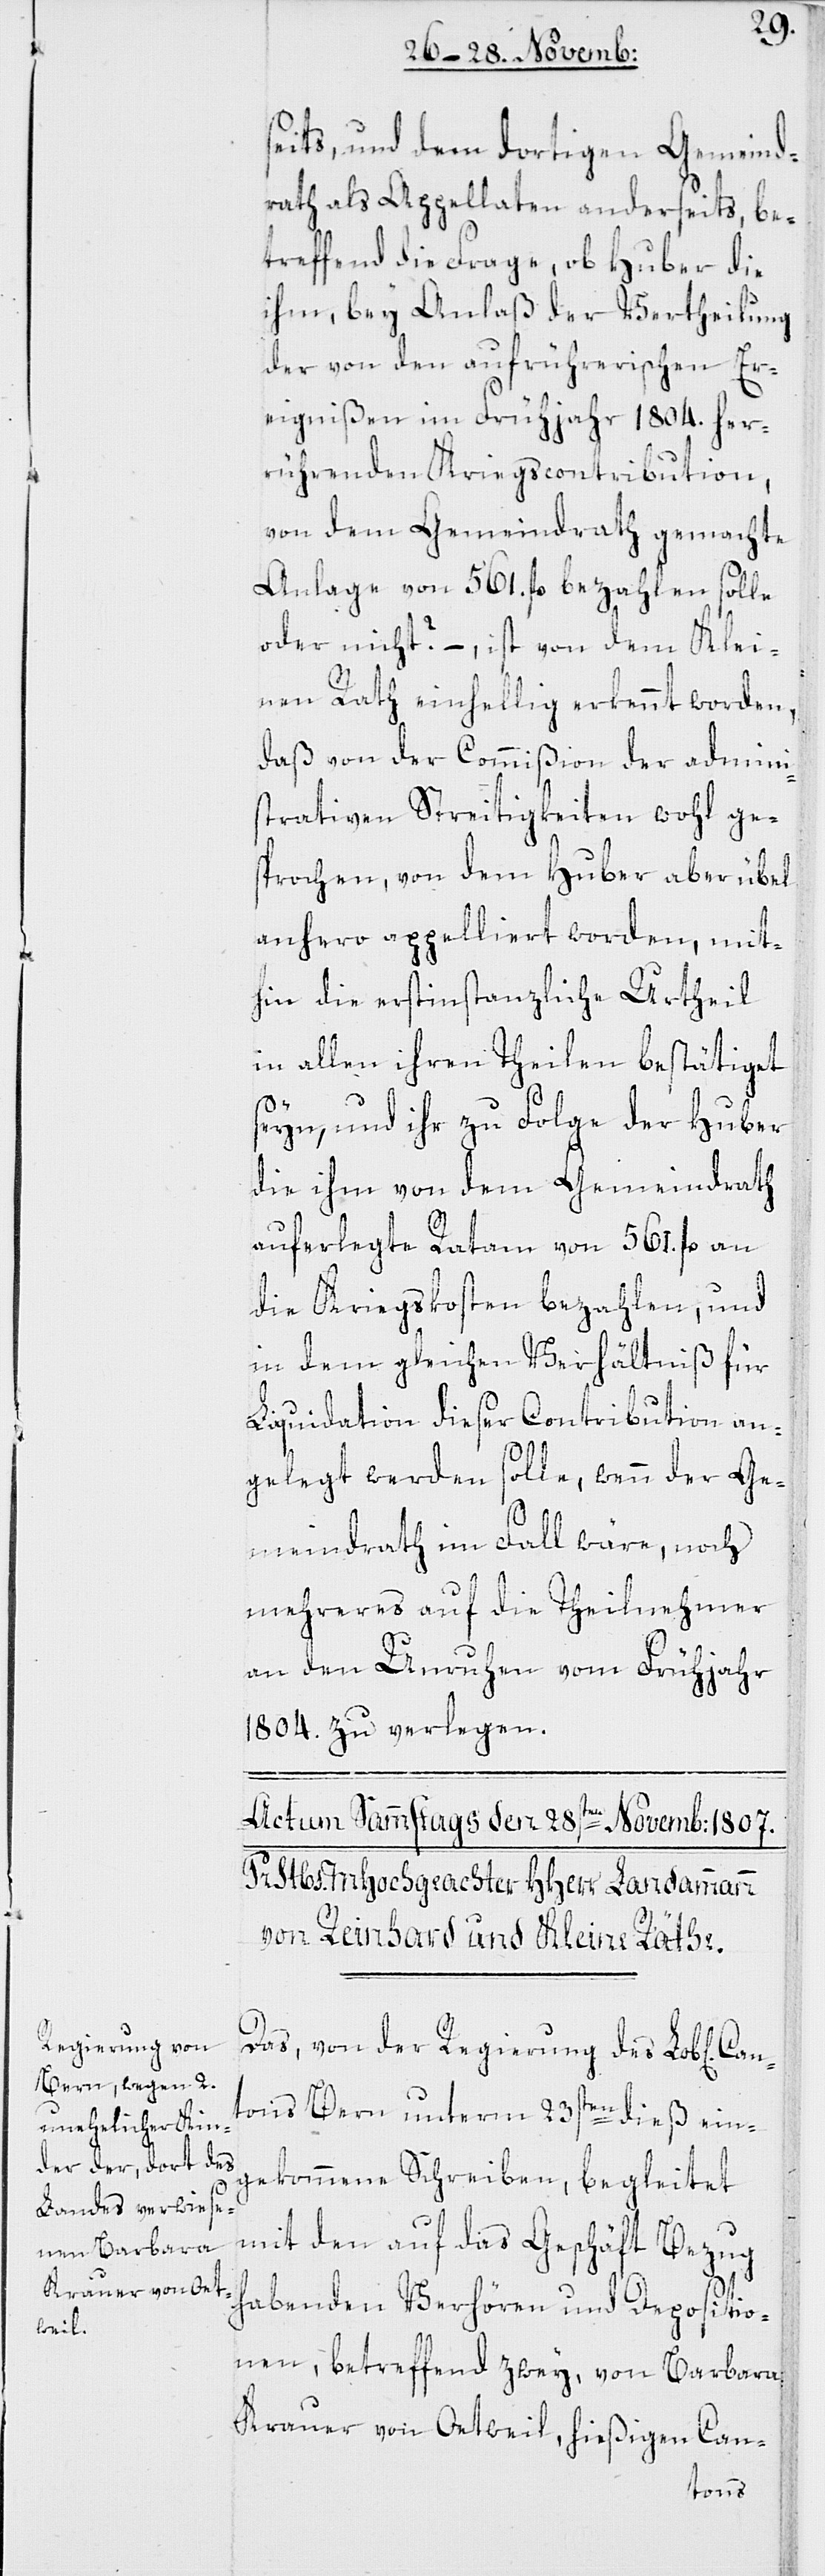
seits, und dem dortigen Gemeind¬
rath als Appellaten anderseits, be¬
treffend die Frage, ob Huber die
ihm, bey Anlaß der Vertheilung
der von den aufrüherischen Er¬
eignißen im Frühjahr 1804. her¬
rührenden Kriegscontribution,
von dem Gemeindrath gemachte
Anlage von 561 fl. bezahlen solle
oder nicht? – ist von dem Klei¬
nen Rath einhellig erkennt worden,
daß von der Commißion der admini¬
strativen Streitigkeiten wohl ge¬
sprochen, von dem Huber aber übel
anhero appelliert worden, mit¬
hin die erstinstanzliche Urtheil
in allen ihren Theilen bestätiget
seyn, und ihr zu Folge der Huber
die ihm von dem Gemeindrath
auferlegte Ratam von 561 fl. an
die Kriegskosten bezahlen, und
in dem gleichen Verhältniß für
Liquidation dieser Contribution an¬
gelegt werden solle, wenn der Ge¬
meindrath im Fall wäre, noch
mehreres auf die Theilnehmer
an den Unruhen vom Frühjahr
1804. zu verlegen.
Das, von der Regierung des Lob[lichen]
Cantons Bern unterm 23sten dieß ein¬
gekommene Schreiben, begleitet
mit den auf das Geschäft Bezug
habenden Verhören und Depositio¬
nen, betreffend zwey, von Barbara
Krauer von Oetweil, hießigen Can-